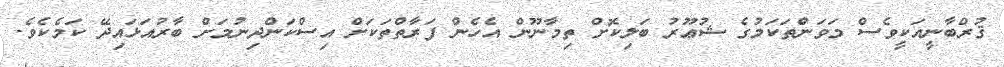
ޤުރްބާނީއަކީވެސް މަވަންތަކަމުގެ ޝުޢޫރު ބަލިކޮށް ތިމާނޫން އެހެން ފަރާތްތަކަށް އިސްކަންދިނުމަށް ބާރުއަޅައިދޭ ކަމެކެވެ.